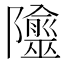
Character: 𨽙